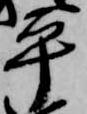
平